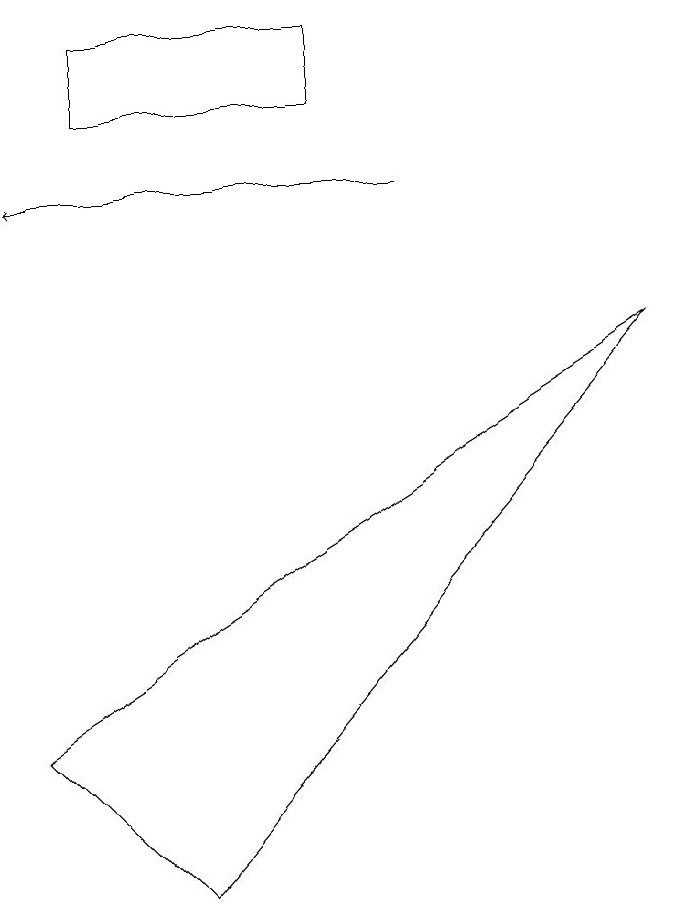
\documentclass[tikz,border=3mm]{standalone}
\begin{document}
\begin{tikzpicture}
\draw[->] (5,10) -- (0,10);
\draw (2,1) -- (8,8) -- (0,3) -- cycle;
\draw (4,11) rectangle (1,12);
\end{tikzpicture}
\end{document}